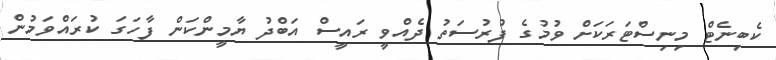
ކެބިނެޓް މިނިސްޓަރަކަށް ވުމުގެ ފުރުސަތު ދެއްވީ ރައީސް އަބްދު ޔާމީންކަން ފާހަގަ ކުރައްވަމުން